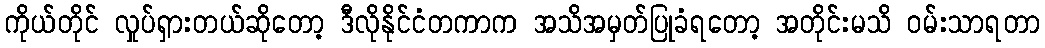
ကိုယ်တိုင် လှုပ်ရှားတယ်ဆိုတော့ ဒီလိုနိုင်ငံတကာက အသိအမှတ်ပြုခံရတော့ အတိုင်းမသိ ဝမ်းသာရတာ